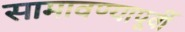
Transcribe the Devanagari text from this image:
सामावण्यापूर्वी